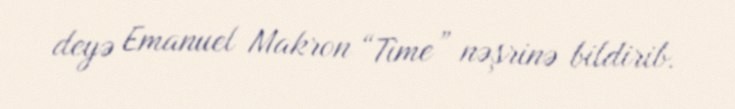
deyə Emanuel Makron “Time” nəşrinə bildirib.